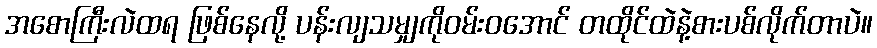
အစောကြီးလဲထရ ဖြစ်နေလို့ ပန်းလျသမျှကိုဝမ်းဝအောင် တထိုင်ထဲနဲ့စားပစ်လိုက်တာပဲ။